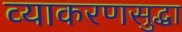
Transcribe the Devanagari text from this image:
व्याकरणसुद्धा